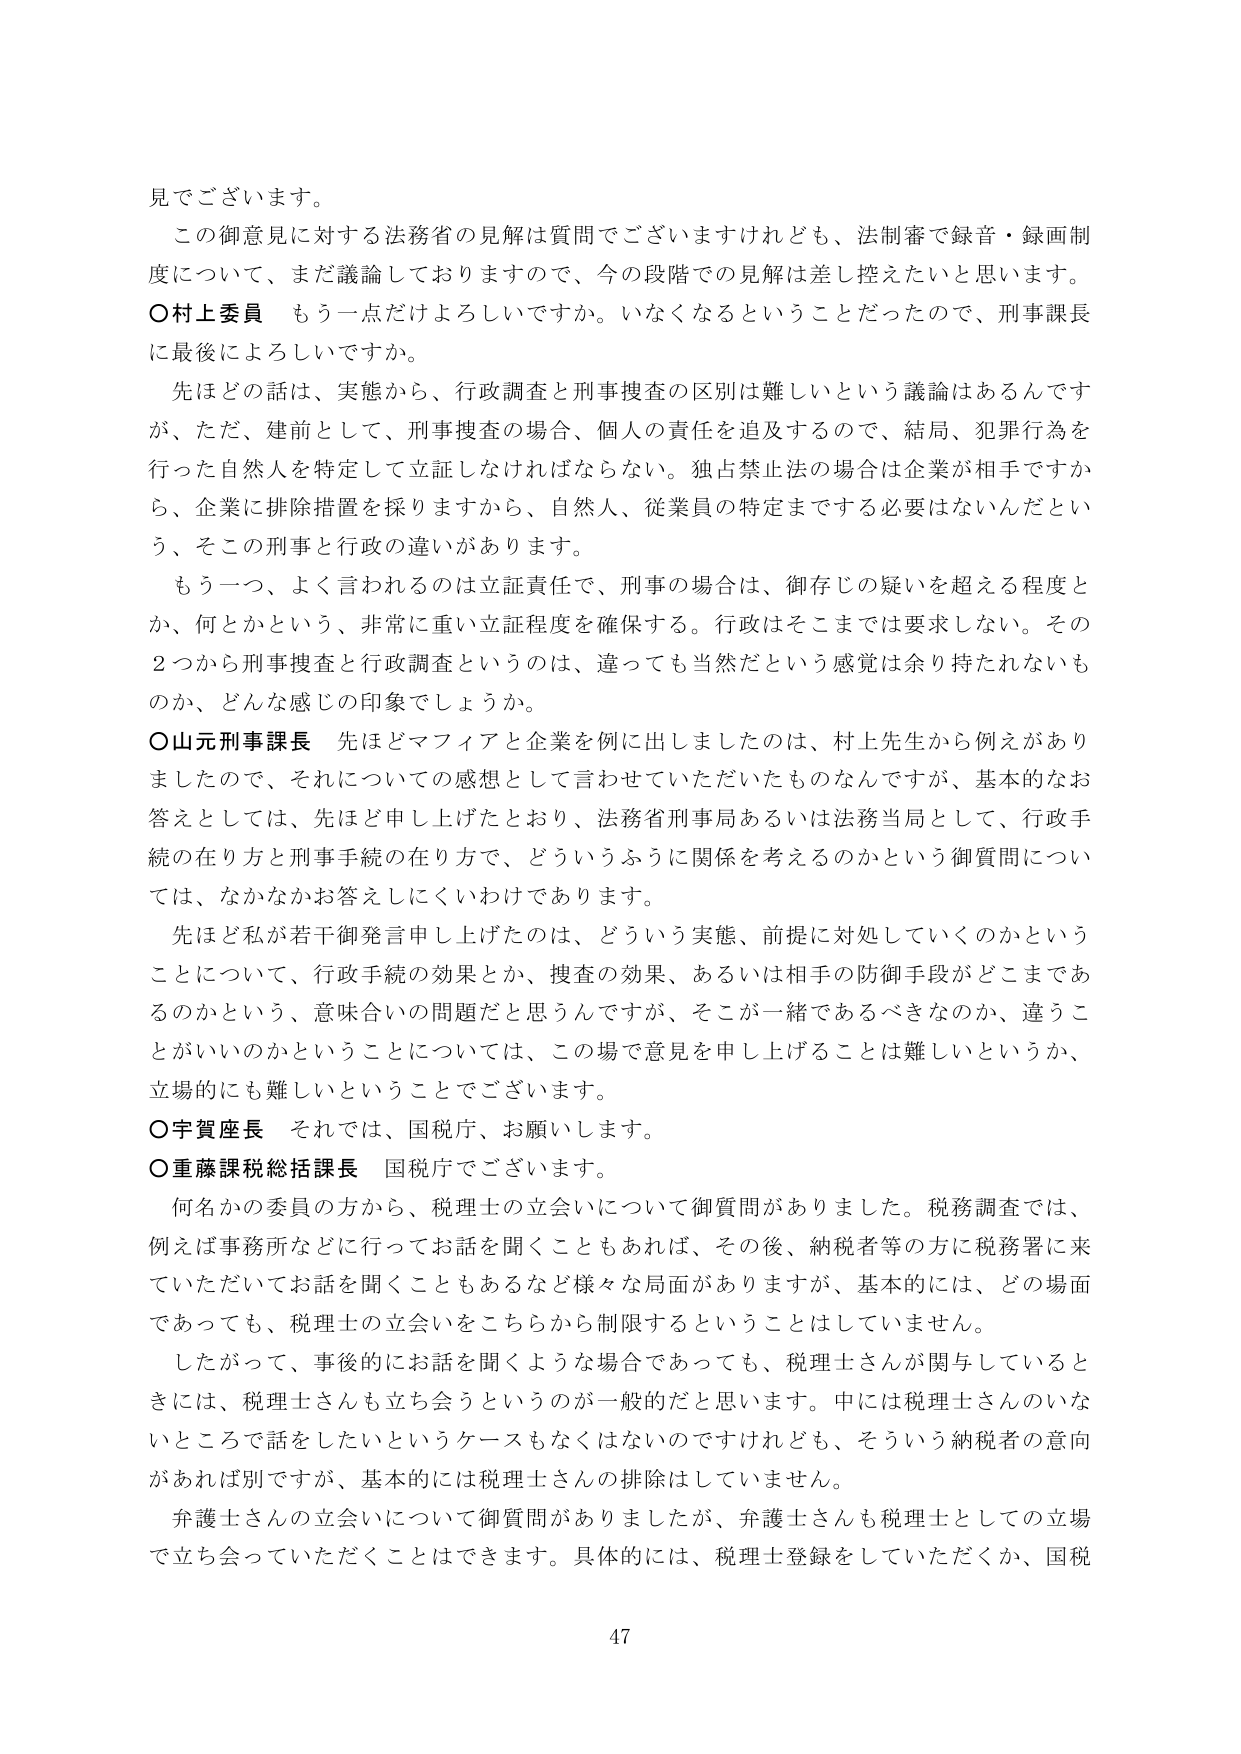
見でございます。

この御意見に対する法務省の見解は質問でございますけれども、法制審で録音・録画制度について、まだ議論しておりますので、今の段階での見解は差し控えたいと思います。

〇村上委員 もう一点だけよろしいですか。いなくなるということだったので、刑事課長に最後によろしいですか。

先ほどのお話は、実態から、行政調査と刑事捜査の区別は難しいという議論はあるんですが、ただ、建前として、刑事捜査の場合、個人の責任を追及するので、結局、犯罪行為を行った自然人を特定して立証しなければならない。独占禁止法の場合は企業が相手ですから、企業に排除措置を採りますから、自然人、従業員の特定までする必要はないんだという、そこでの刑事と行政の違いがあります。

もう一つ、よく言われるのは立証責任で、刑事の場合は、御存じの疑いを超える程度とか、何とかという、非常に重い立証程度を確保する。行政はそこまでは要求しない。その2つから刑事捜査と行政調査というのは、違っても当然だという感覚は余り持たれないものか、どんな感じの印象でしょうか。

〇山元刑事課長 先ほどマフィアと企業を例に出しましたのは、村上先生から例えがありましたので、それについての感想として言わせていただいたものなんですが、基本的なお答えとしては、先ほど申し上げたとおり、法務省刑事局あるいは法務当局として、行政手続の在り方と刑事手続の在り方で、どういうふうに関係を考えるのかという御質問については、なかなかお答えしにくいわけであります。

先ほど私が若干御発言申し上げたのは、どういう実態、前提に対処していくのかということについて、行政手続の効果とか、捜査の効果、あるいは相手の防御手段がどこまであるのかという、意味合いの問題だと思うんですが、そこが一緒であるべきなのか、違うことがいいのかということについては、この場で意見を申し上げることは難しいというか、立場的にも難しいということでございます。

〇宇賀座長 それでは、国税庁、お願いします。

〇重藤課税総括課長 国税庁でございます。

何名かの委員の方から、税理士の立会いについて御質問がありました。税務調査では、例えば事務所などに行ってお話を聞くこともあれば、その後、納税者等の方に税務署に来ていただいてお話を聞くこともあるなど様々な局面がありますが、基本的には、どの場面であっても、税理士の立会いをこちらから制限するということはしていません。

したがって、事後的にお話を聞くような場合であっても、税理士さんが関与しているときには、税理士さんも立ち会うというのが一般的だと思います。中には税理士さんのいないところで話をしたいというケースもなくはないのですけれども、そういう納税者の意向があれば別ですが、基本的には税理士さんの排除はしていません。

弁護士さんの立会いについて御質問がありましたが、弁護士さんも税理士としての立場で立ち会っていただくことはできます。具体的には、税理士登録をしていただくか、国税

47